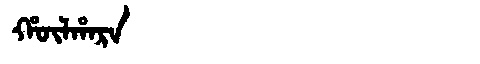
Manchu: ᡥᡡᠯᡥᠠᡵᠠ
Romanization: HŪLHARA